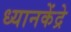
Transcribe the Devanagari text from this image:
ध्यानकेंद्रे